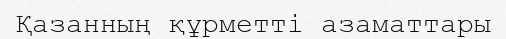
Қазанның құрметті азаматтары